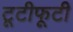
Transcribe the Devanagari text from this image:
टूटीफूटी